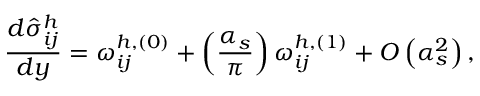
\frac { d \hat { \sigma } _ { i j } ^ { h } } { d y } = \omega _ { i j } ^ { h , ( 0 ) } + \left( \frac { \alpha _ { s } } { \pi } \right) \omega _ { i j } ^ { h , ( 1 ) } + { \cal O } \left( \alpha _ { s } ^ { 2 } \right) ,